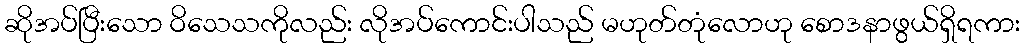
ဆိုအပ်ပြီးသော ဝိသေသကိုလည်း လိုအပ်ကောင်းပါသည် မဟုတ်တုံလောဟု စောဒနာဖွယ်ရှိရကား